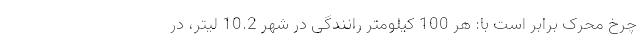
چرخ محرک برابر است با: هر 100 کیلومتر رانندگی در شهر 10.2 لیتر، در